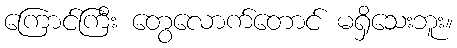
ကြောင်ကြီး တွေလောက်တောင် မရှိသေးဘူး။